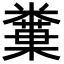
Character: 𥼢